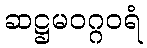
ဆဋ္ဌမဝဂ္ဂဝရံ